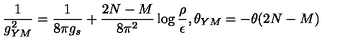
\frac { 1 } { g _ { Y M } ^ { 2 } } = \frac { 1 } { 8 \pi g _ { s } } + \frac { 2 N - M } { 8 \pi ^ { 2 } } \log \frac { \rho } { \epsilon } , \theta _ { Y M } = - \theta ( 2 N - M )